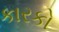
કારકો